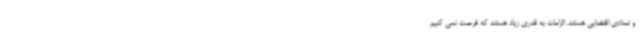
و تعدادی اقتضایی هستند. الزامات به قدری زیاد هستند که فرصت نمی کنیم